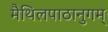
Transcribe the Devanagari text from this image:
मैथिलपाठानुगम्